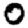
Digit: 0